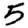
Digit: 5